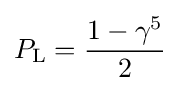
P_{\rm {L}}={\frac {1-\gamma ^{5}}{2}}